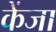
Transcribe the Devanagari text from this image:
केंजा